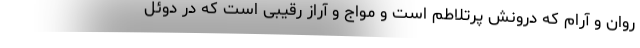
روان و آرام که درونش پرتلاطم است و مواج و آراز رقیبی است که در دوئل